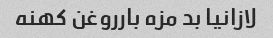
لازانیا بد مزه بارروغن کهنه